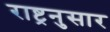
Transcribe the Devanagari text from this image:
राष्ट्रनुसार